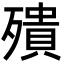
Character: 殨